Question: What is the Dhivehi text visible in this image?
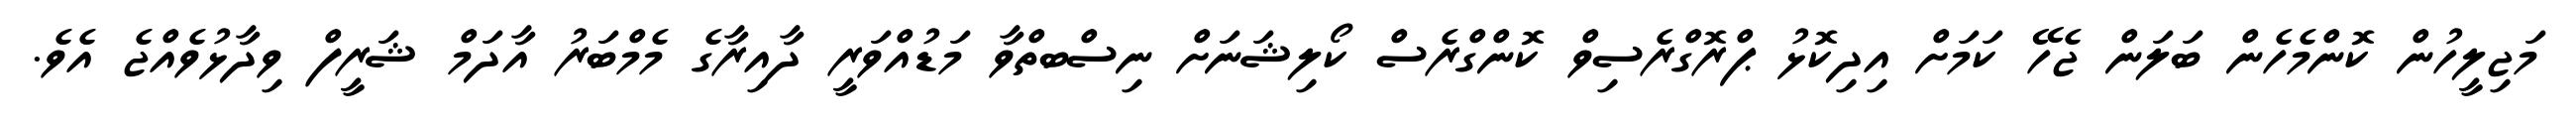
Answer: މަޖިލީހުން ކޮންމެހެން ބަލަން ޖެހޭ ކަމަށް އިދިކޮޅު ޕްރޮގްރެސިވް ކޮންގްރެސް ކޯލިޝަނަށް ނިސްބތްވާ މަޑުއްވަރީ ދާއިރާގެ މެމްބަރު އާދަމް ޝަރީފް ވިދާޅުވެއްޖެ އެވެ.